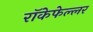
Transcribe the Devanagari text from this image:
रॉकेफेल्लर